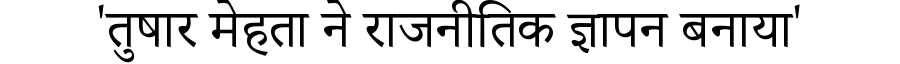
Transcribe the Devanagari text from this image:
'तुषार मेहता ने राजनीतिक ज्ञापन बनाया'